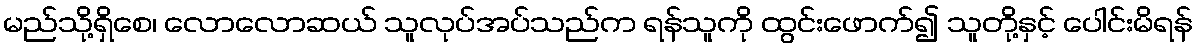
မည်သို့ရှိစေ၊ လောလောဆယ် သူလုပ်အပ်သည်က ရန်သူကို ထွင်းဖောက်၍ သူတို့နှင့် ပေါင်းမိရန်